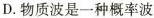
D. 物质波是一种概率波